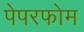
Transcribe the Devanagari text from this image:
पेपरफोम